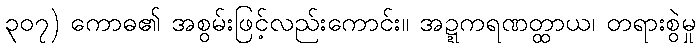
၃၀၇) ကောဓ၏ အစွမ်းဖြင့်လည်းကောင်း။ အဍ္ဍကရဏတ္ထာယ၊ တရားစွဲမှု